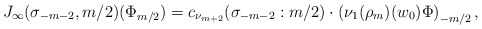
\begin{align*}J_\infty(\sigma_{-m-2},m/2)(\Phi_{m/2})=c_{\nu_{m+2}}(\sigma_{-m-2}:m/2)\cdot\left(\nu_1(\rho_m)(w_0)\Phi\right)_{-m/2},\end{align*}